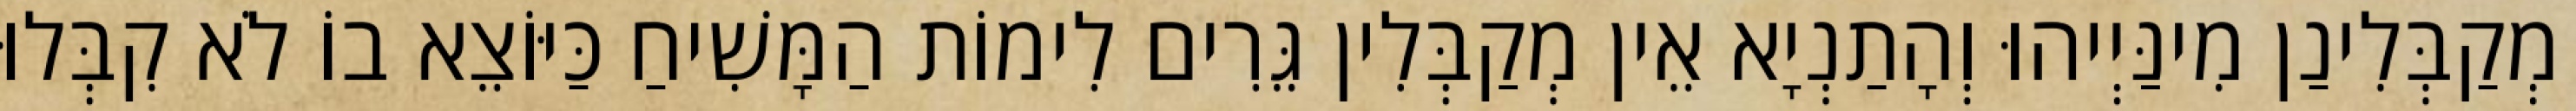
מְקַבְּלִינַן מִינַּיְיהוּ וְהָתַנְיָא אֵין מְקַבְּלִין גֵּרִים לִימוֹת הַמָּשִׁיחַ כַּיּוֹצֵא בוֹ לֹא קִבְּלוּ